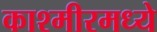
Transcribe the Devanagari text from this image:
काश्‍मीरमध्ये